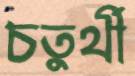
চতুর্থী